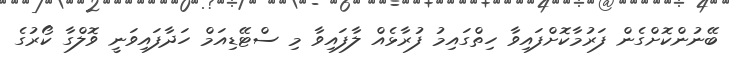
ބޭނުންކޮށްގެން ފަރުމާކޮށްފައިވާ ހިތްގައިމު ފުރާޅެއް ލާފައިވާ މި ސްޓޭޑިއަމް ހަދާފައިވަނީ ވޮލްގާ ކޯރުގެ